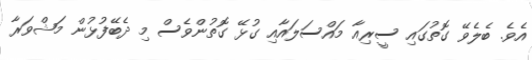
އެވެ. ބެލެވޭ ގޮތުގައި ސީރިއާ މައްސަލައާއި ގުޅޭ ގޮތުންވެސް މި ދެބޭފުޅުން މަޝްވަރާ